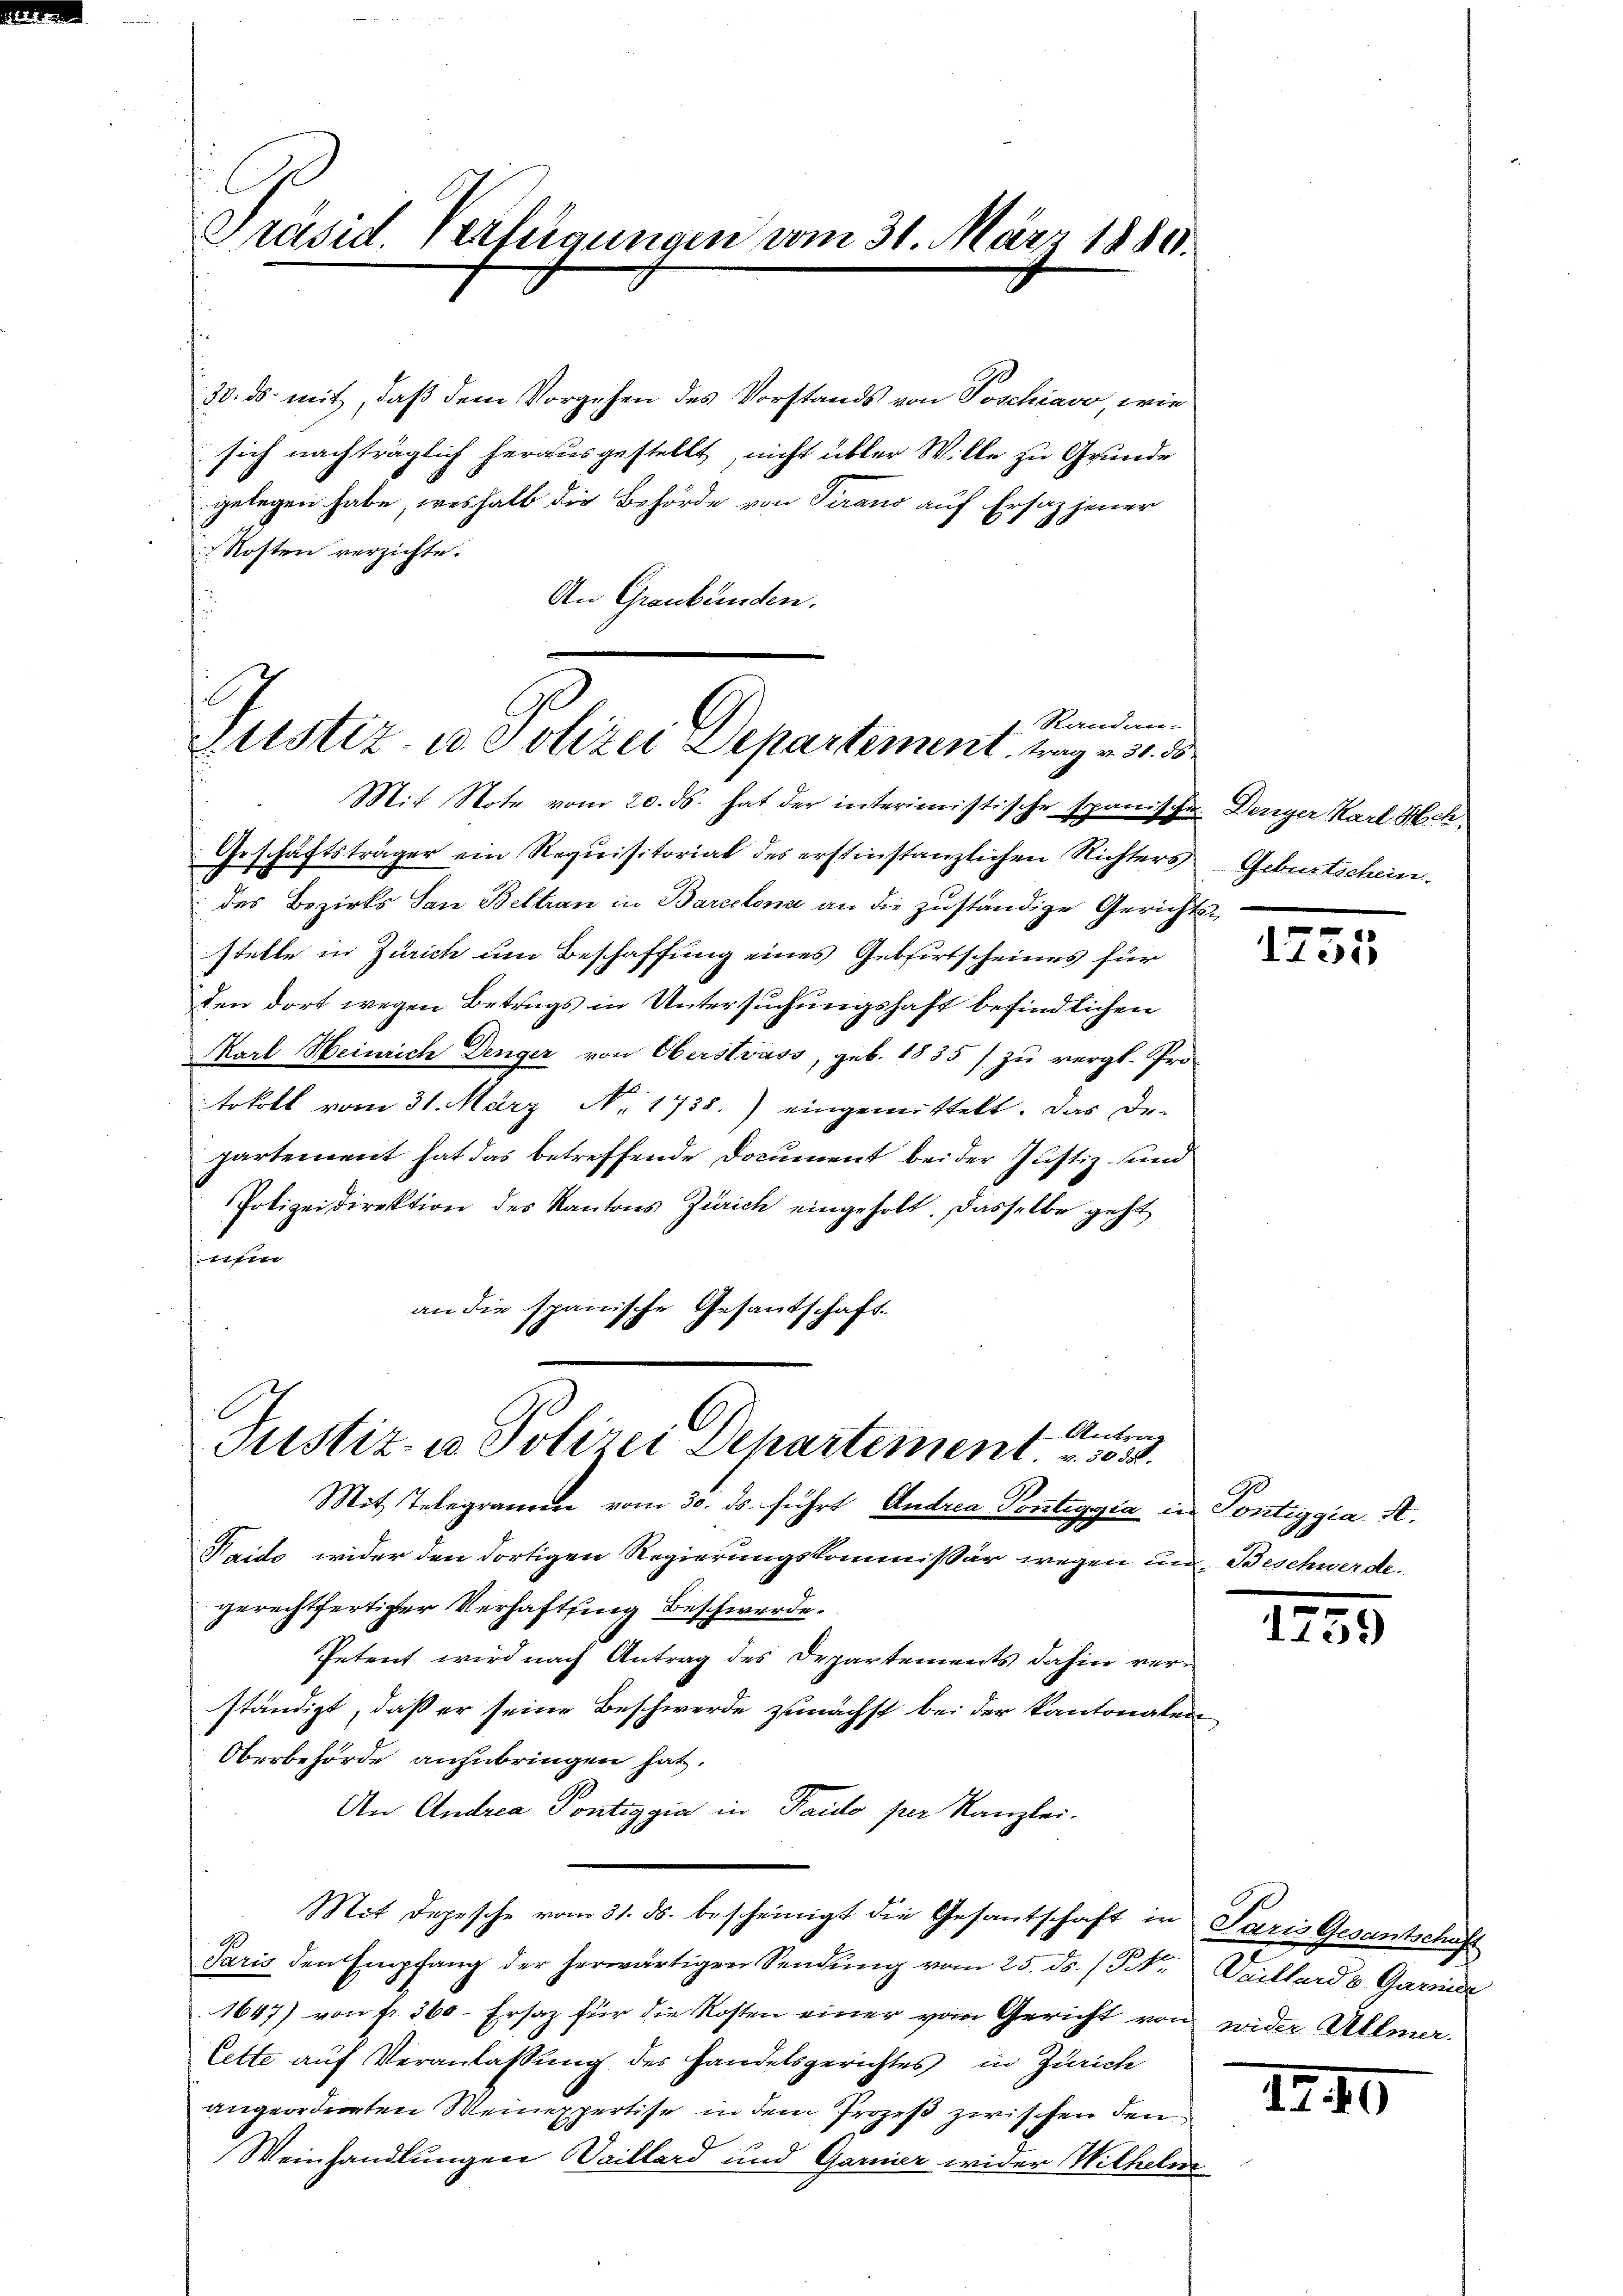
30. ds. mit, daß dem Vorgehen des Vorstands von Poschiavo, wie
sich nachträglich herausgestellt, nicht übler Wille zu Grunde
gelegen habe, weshalb die Behörde von Tirano auf Ersaz jener
 Kosten verzichte.
An Graubünden.

Präsid. Verfügungen vom 31. März 1880.

Randan-
Justiz- u. Polizei Separtement trag v. 31. 55
Mit Note vom 20. ds. hat der interimistische spanische Denger Karl Hch.

Geschäftsträger ein Requisitorial des erstinstanzlichen Richters Geburtschein.
 des Bezirks San Beltran in Barcelona an die zuständige Gerichtsstelle in Zürich um Beschaffung eines Gebirtscheines für
den dort wegen Betrugs in Untersuchungshaft befindlichen
Karl Heinrich Denger von Oberstrass, geb. 1835 / zu vergl. Pro-
tokoll vom 31. März No. 1738.) eingemittelt. Das De-
partement hat das betreffende Document bei der Justiz- und
Polizeidirektion des Kantons Zürich eingeholt. Dasselbe geht
tfen
an die spanische Gesandschaft.

t Antrag
Justiz- u. Polizei Departement. 303.

Mit Telegramen vom 30. ds. führt Andrea Pontaggia in Pontiggia A.
Taido wider den dortigen Regierungskommissär wegen und Beschwerde.
gerechtfertiger Verhaftsing Beschwerde.
Petent wird nach Antrag des Departements dahin verständigt, daß er seine Beschwerde zunächst bei der kantonalen
Oberbehörde anzubringen hat,
An Andrea Pontiggia in Karlo per Kanzlei.
Mit Depesche vom 31. ds. bescheinigt die Gesantschaft in Paris Gesantschaft
Paris den Empfang der herwärtigen Sendung vom 25. ds. 1 Pkt. Daillard u Garnier
1647) von fr. 360 - Ersatz für die Kosten einer vom Gericht von wider Allmer.
Cette auf Veranlassung des Handelsgerichtes in Zürich
angeordneten Weinexpertise in dem Prozeß zwischen den
Weinhandlungen Waillard und Garnier wider Wilhelm

.
1155

1759

1240